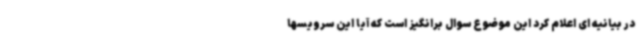
در بیانیه ای اعلام کرد این موضوع سوال برانگیز است که آیا این سرویسها